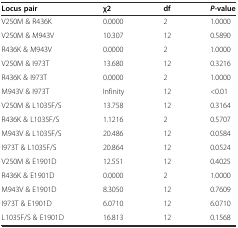
<table><thead><tr><td><b>Locus pair</b></td><td><b>χ2</b></td><td><b>df</b></td><td><b><i>P-</i>value</b></td></tr></thead><tbody><tr><td>V250M &amp; R436K</td><td>0.0000</td><td>2</td><td>1.0000</td></tr><tr><td>V250M &amp; M943V</td><td>10.307</td><td>12</td><td>0.5890</td></tr><tr><td>R436K &amp; M943V</td><td>0.0000</td><td>2</td><td>1.0000</td></tr><tr><td>V250M &amp; I973T</td><td>13.680</td><td>12</td><td>0.3216</td></tr><tr><td>R436K &amp; I973T</td><td>0.0000</td><td>2</td><td>1.0000</td></tr><tr><td>M943V &amp; I973T</td><td>Infinity</td><td>12</td><td>&lt;0.01</td></tr><tr><td>V250M &amp; L1035F/S</td><td>13.758</td><td>12</td><td>0.3164</td></tr><tr><td>R436K &amp; L1035F/S</td><td>1.1216</td><td>2</td><td>0.5707</td></tr><tr><td>M943V &amp; L1035F/S</td><td>20.486</td><td>12</td><td>0.0584</td></tr><tr><td>I973T &amp; L1035F/S</td><td>20.864</td><td>12</td><td>0.0524</td></tr><tr><td>V250M &amp; E1901D</td><td>12.551</td><td>12</td><td>0.4025</td></tr><tr><td>R436K &amp; E1901D</td><td>0.0000</td><td>2</td><td>1.0000</td></tr><tr><td>M943V &amp; E1901D</td><td>8.3050</td><td>12</td><td>0.7609</td></tr><tr><td>I973T &amp; E1901D</td><td>6.0710</td><td>12</td><td>6.0710</td></tr><tr><td>L1035F/S &amp; E1901D</td><td>16.813</td><td>12</td><td>0.1568</td></tr></tbody></table>